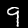
Label: 9